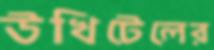
উখিটেলের